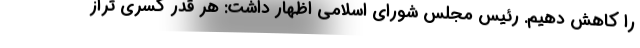
را کاهش دهیم. رئیس مجلس شورای اسلامی اظهار داشت: هر قدر کسری تراز